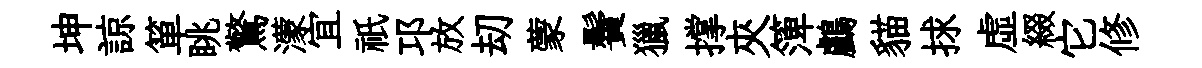
坤諒箪眺驚濛宜祇邛放刧蒙鬢獵撑夾𥱼鸕貓捄虛綴它修